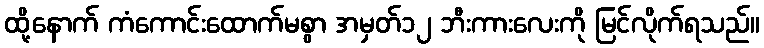
ထို့နောက် ကံကောင်းထောက်မစွာ အမှတ်၁၂ ဘီးကားလေးကို မြင်လိုက်ရသည်။